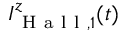
I _ { \mathrm { ~ H ~ a ~ l ~ l ~ } , 1 } ^ { z } ( t )